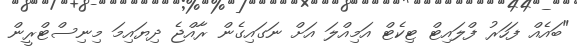
"ބައެއް ފަހަރު ފްލައިޓް ޓިކެޓް އަމިއްލަ އަށް ނަގައިގެން ރާއްޖެ ދިޔައިމަ މިނިސްޓްރީން